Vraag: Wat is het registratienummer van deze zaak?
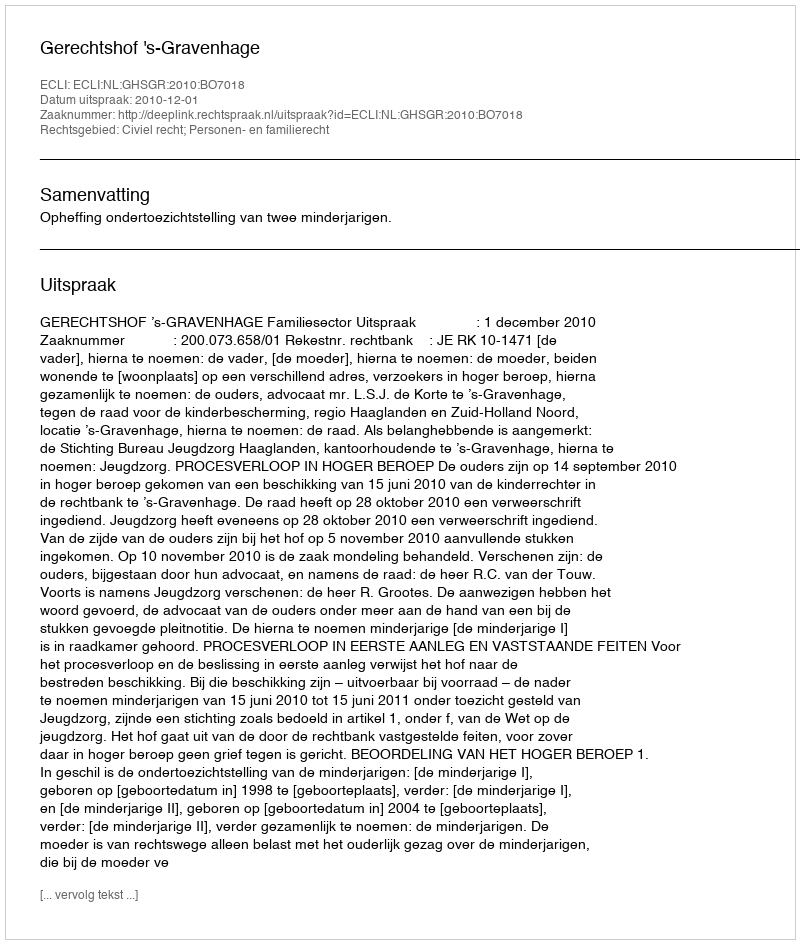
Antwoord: http://deeplink.rechtspraak.nl/uitspraak?id=ECLI:NL:GHSGR:2010:BO7018